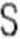
S